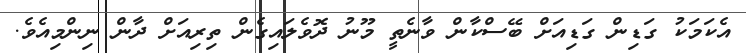
އެކަމަކު ގަޑިން ގަޑިއަށް ބޭސްކާން ވާނެތީ މޫނު ދޮވެލައިގެން ތިރިއަށް ދާން ނިންމިއެވެ.